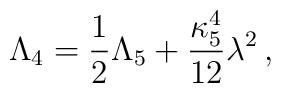
\Lambda_4 = {1\over2}\Lambda_5 + {\kappa_5^4\over12}\lambda^2 \,,